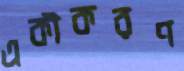
একীকরণ